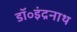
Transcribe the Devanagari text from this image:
डॉ॰इंद्रनाथ